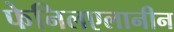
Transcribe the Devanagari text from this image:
फेनिलएलानीन